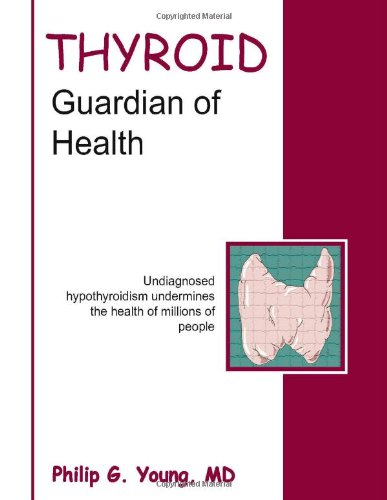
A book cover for Thyroid Guardian of Health; Philip G. Young M.D.; Health, Fitness & Dieting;